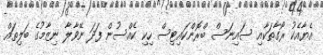
އެޔާއެކު ރޯގާތަކާއި ސައިނަސް ބްރޮންކައިޓިސް ހިކި ކެއްސުން ފަދަ ނޭވާލާ ނިޒާމުގެ ބަލިތައް